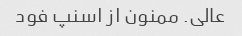
عالی. ممنون از اسنپ فود